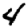
Digit: 4